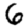
Digit: 6